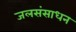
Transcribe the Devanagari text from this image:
जलसंसाधन